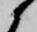
候